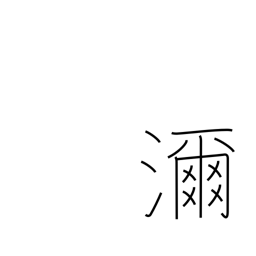
Meaning: much